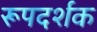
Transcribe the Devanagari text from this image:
रूपदर्शक